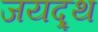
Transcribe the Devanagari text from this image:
जयद्र्थ